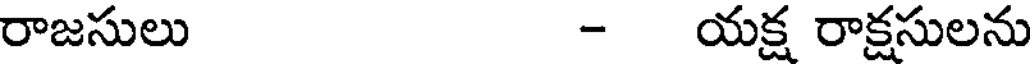
రాజసులు - యక్ష రాక్షసులను